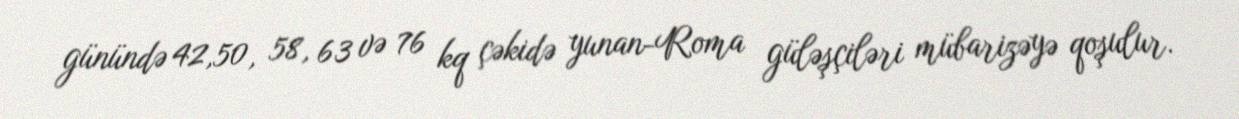
günündə 42,50, 58, 63 və 76 kq çəkidə yunan-Roma güləşçiləri mübarizəyə qoşulur.